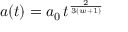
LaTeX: a ( t ) = a _ { 0 } \, t ^ { \frac { 2 } { 3 ( w + 1 ) } }